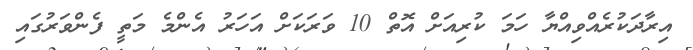
އިރާދަކުރެއްވިއްޔާ ހަމަ ކުރިއަށް އޮތް 10 ވަރަކަށް އަހަރު އެންމެ މަތީ ފެންވަރުގައި